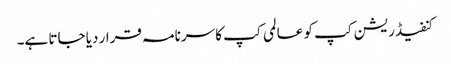
کنفیڈریشن کپ کو عالمی کپ کا سرنامہ قرار دیا جاتا ہے۔